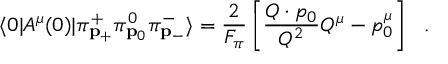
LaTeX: \langle 0 | A ^ { \mu } ( 0 ) | \pi _ { { \bf p } _ { + } } ^ { + } \pi _ { { \bf p } _ { 0 } } ^ { 0 } \pi _ { { \bf p } _ { - } } ^ { - } \rangle = { \frac { 2 } { F _ { \pi } } } \left[ { \frac { Q \cdot p _ { 0 } } { Q ^ { 2 } } } Q ^ { \mu } - p _ { 0 } ^ { \mu } \right] \ \ .